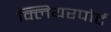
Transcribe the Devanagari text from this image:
क्लियरपोर्ट